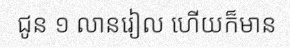
ជូន ១ លានរៀល ហើយក៏មាន